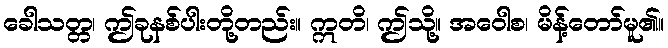
ခေါသတ္တ၊ ဤခုနစ်ပါးတို့တည်း။ ဣတိ၊ ဤသို့။ အဝေါစ၊ မိန့်တော်မူ၏။